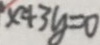
x + 3 y = 0